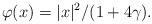
LaTeX: \begin{align*} \varphi(x) = |x|^2/(1+4\gamma).\end{align*}